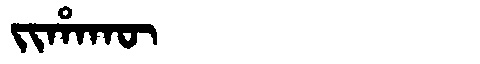
Manchu: ᠵᡳᡥᠠᡴᡡ
Romanization: JIHAKŪ